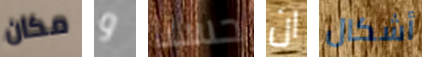
مكان و حسنا ان أشكال